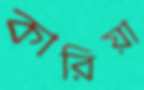
কারিয়া